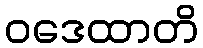
ဝဒေထာတိ